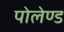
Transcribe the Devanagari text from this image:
पोलेण्ड